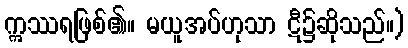
ဣဿရဖြစ်၏။ မယူအပ်ဟုသာ ဋီ၌ဆိုသည်။)